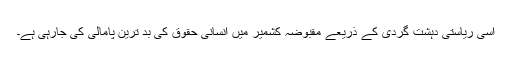
اسی ریاستی دہشت گردی کے ذریعے مقبوضہ کشمیر میں انسانی حقوق کی بد ترین پامالی کی جارہی ہے۔